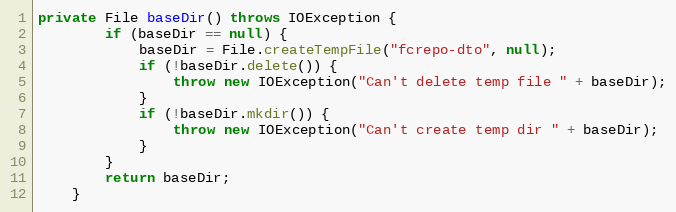
Language: Java
private File baseDir() throws IOException {
        if (baseDir == null) {
            baseDir = File.createTempFile("fcrepo-dto", null);
            if (!baseDir.delete()) {
                throw new IOException("Can't delete temp file " + baseDir);
            }
            if (!baseDir.mkdir()) {
                throw new IOException("Can't create temp dir " + baseDir);
            }
        }
        return baseDir;
    }